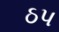
ઠપ